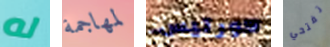
له لمهاجمة كورتيس تفتحي